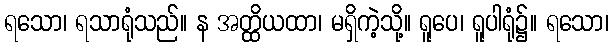
ရသော၊ ရသာရုံသည်။ န အတ္ထိယထာ၊ မရှိကဲ့သို့။ ရူပေ၊ ရူပါရုံ၌။ ရသော၊